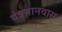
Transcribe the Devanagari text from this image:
यंत्रमानवास